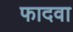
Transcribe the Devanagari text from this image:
फादवा